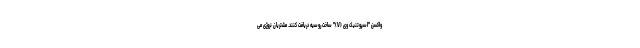
واکسن "اسپوتنیک وی (V)" ساخت روسیه دریافت کنند. مشتریان نروژی می‌